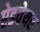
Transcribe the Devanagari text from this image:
ऐडवेयर